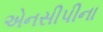
એનસીપીના